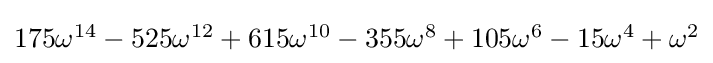
{\textstyle 175\omega ^{14}-525\omega ^{12}+615\omega ^{10}-355\omega ^{8}+105\omega ^{6}-15\omega ^{4}+\omega ^{2}}